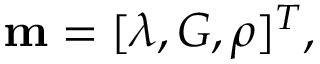
\mathbf { m } = [ \lambda , G , \rho ] ^ { T } ,